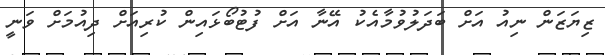
ޒިޔަޒަން ނިއު އަށް ބަދަލުވުމާއެކު އޭނާ އަށް ފުޓުބޯޅައިން ކުރިއަށް ދިއުމަށް ވަނީ